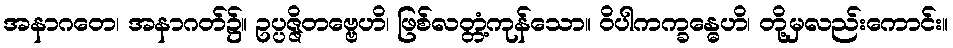
အနာဂတေ၊ အနာဂတ်၌။ ဥပ္ပဇ္ဇိတဗ္ဗေဟိ၊ ဖြစ်လတ္တံ့ကုန်သော။ ဝိပါကက္ခန္ဓေဟိ၊ တို့မှလည်းကောင်း။